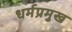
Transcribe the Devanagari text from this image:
धर्मप्रमुख